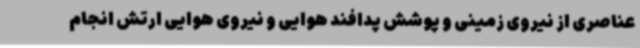
عناصری از نیروی زمینی و پوشش پدافند هوایی و نیروی هوایی ارتش انجام